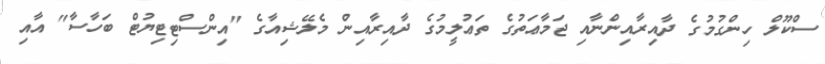
ސްކޫލް ހިންގުމުގެ ދާއިރާއިންނާއި ޖަމާޢަތުގެ ތަޢުލީމުގެ ދާއިރާއިން މެލޭޝިއާގެ "އިންސްޓިޓިޔުޓް ބަހާސާ" އާއި